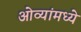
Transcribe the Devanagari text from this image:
ओव्यांमध्ये